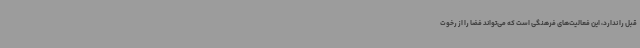
قبل را ندارد، این فعالیت‌های فرهنگی است که می‌تواند فضا را از رخوت